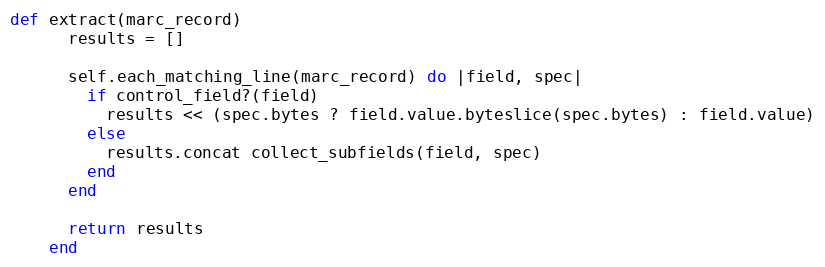
Language: Ruby
def extract(marc_record)
      results = []

      self.each_matching_line(marc_record) do |field, spec|
        if control_field?(field)
          results << (spec.bytes ? field.value.byteslice(spec.bytes) : field.value)
        else
          results.concat collect_subfields(field, spec)
        end
      end

      return results
    end